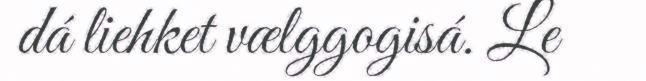
dá liehket vælggogisá. Le